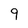
Character: 9